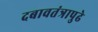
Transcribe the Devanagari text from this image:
दबावतंत्रापुढे